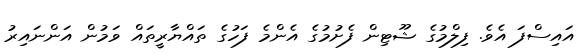
އައިސްފަ އެވެ. ފިލްމުގެ ޝޫޓިން ފެށުމުގެ އެންމެ ފަހުގެ ތައްޔާރީތައް ވަމުން އަންނައިރު